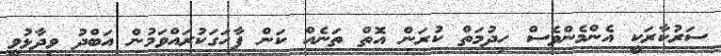
ސަރުކާރަކީ އެންމެންވެސް ހިދުމަތް ކުރަން އޮތް ތަނެއް ކަން ފާހަގަކުރައްވަމުން އަބްދު ވިދާޅުވީ